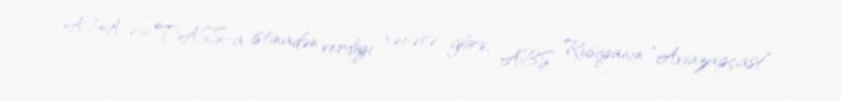
APA-nın TASS-a istinadən verdiyi xəbərə görə, ABŞ Rusiyanın “Aviazapçast”,